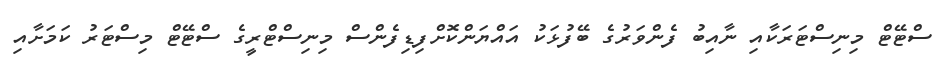
ސްޓޭޓް މިނިސްޓަރަކާއި ނާއިބު ފެންވަރުގެ ބޭފުޅަކު އައްޔަންކޮށްފިޑިފެންސް މިނިސްޓްރީގެ ސްޓޭޓް މިިސްޓަރު ކަމަށާއި